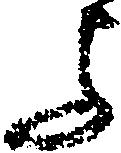
与